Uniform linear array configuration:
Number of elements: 8
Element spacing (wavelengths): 0.75
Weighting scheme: blackman
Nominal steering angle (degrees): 60
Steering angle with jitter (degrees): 60.008
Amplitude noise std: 0.05
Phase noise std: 0.05

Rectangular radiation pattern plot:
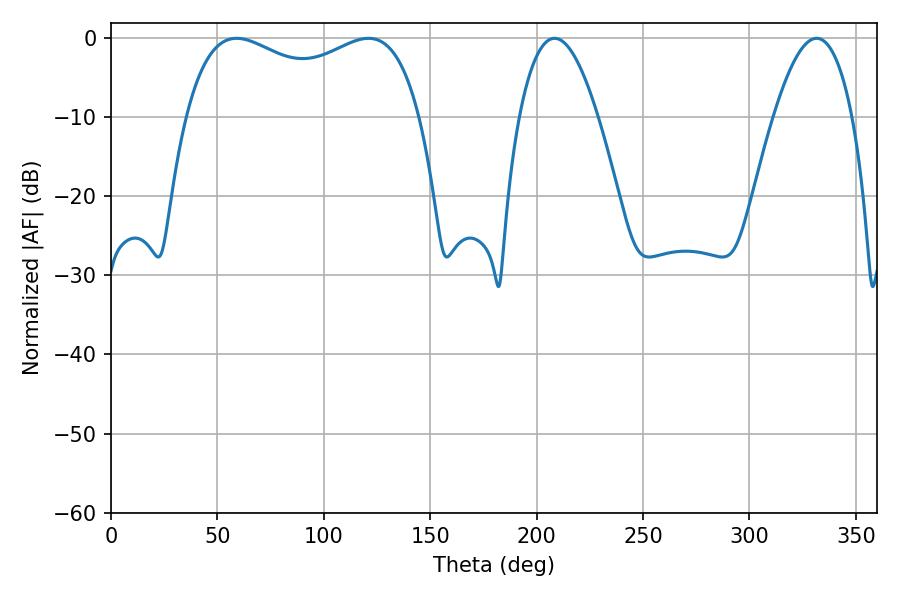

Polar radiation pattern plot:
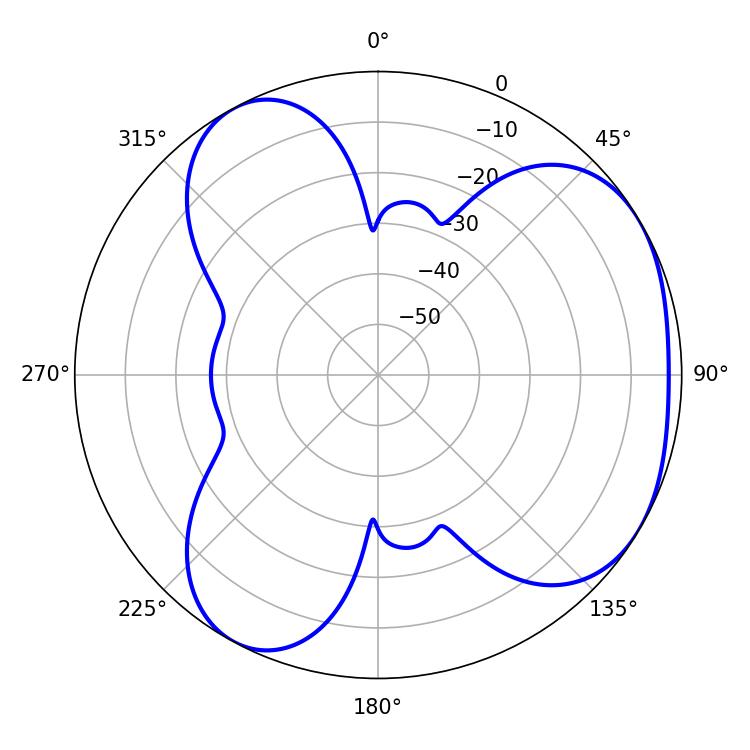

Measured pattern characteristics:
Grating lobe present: TRUE
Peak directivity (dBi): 4.06
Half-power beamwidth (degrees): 20.34
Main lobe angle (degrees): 208.44